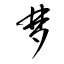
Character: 梦